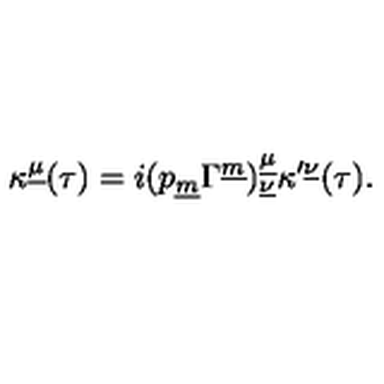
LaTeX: \kappa ^ { \underline { \mu } } ( \tau ) = i ( p _ { \underline { m } } \Gamma ^ { \underline { m } } ) _ { \underline { { \nu } } } ^ { \underline { { \mu } } } \kappa ^ { \prime \underline { { \nu } } } ( \tau ) .